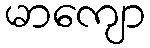
မာကျော